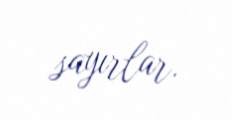
sayırlar.